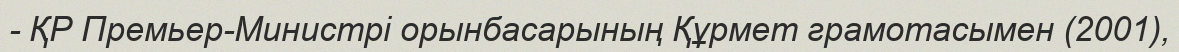
- ҚР Премьер-Министрі орынбасарының Құрмет грамотасымен (2001),